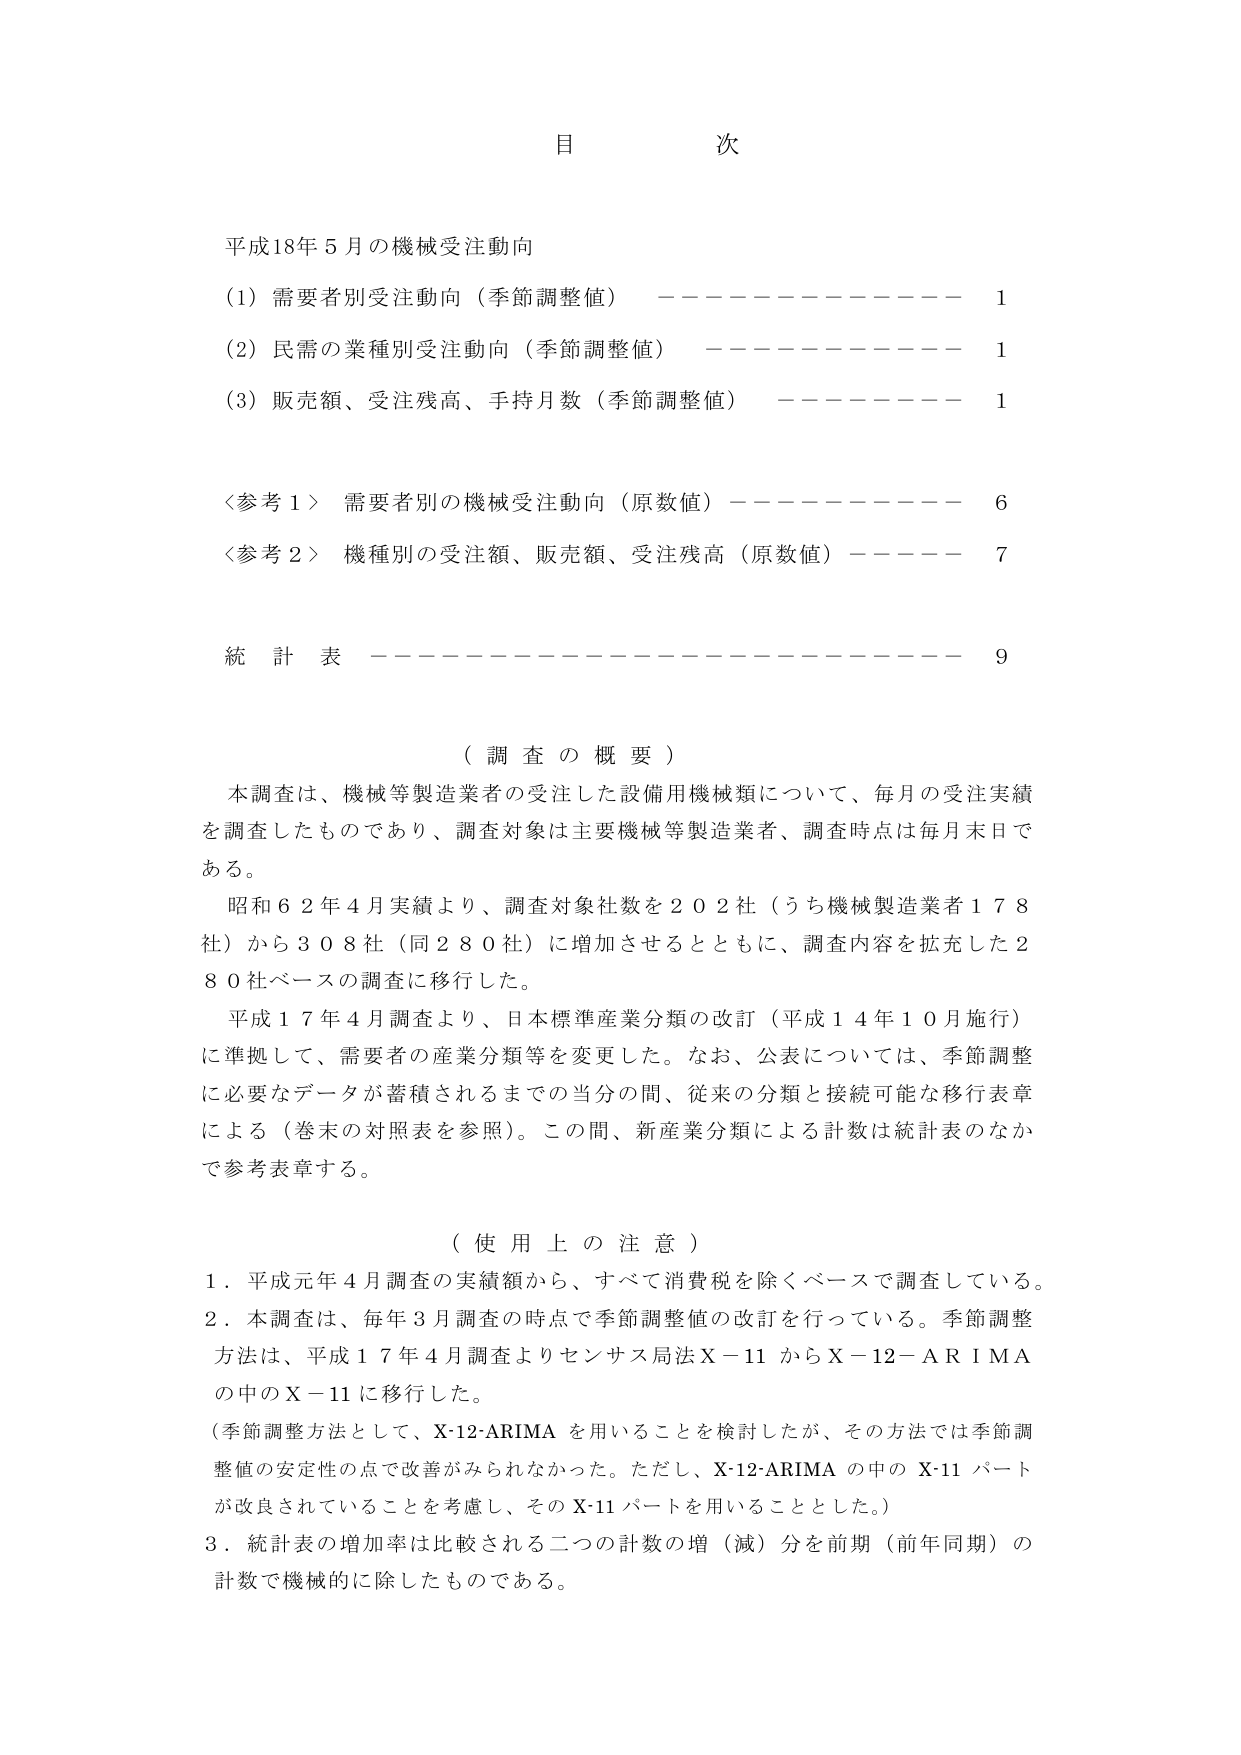
目 次

平成18年5月の機械受注動向
（1）需要者別受注動向（季節調整値） ———————— 1
（2）民需の業種別受注動向（季節調整値） ———————— 1
（3）販売額、受注残高、手持月数（季節調整値） ———————— 1

＜参考1＞ 需要者別の機械受注動向（原数値） ———————— 6
＜参考2＞ 機種別の受注額、販売額、受注残高（原数値） ———————— 7

統 計 表 ———————————————————— 9

（調査の概要）
本調査は、機械等製造業者の受注した設備用機械類について、毎月の受注実績を調査したものであり、調査対象は主要機械等製造業者、調査時点は毎月末日である。
昭和62年4月実績より、調査対象社数を202社（うち機械製造業者178社）から308社（同280社）に増加させるとともに、調査内容を拡充した280社ベースの調査に移行した。
平成17年4月調査より、日本標準産業分類の改訂（平成14年10月施行）に準拠して、需要者の産業分類等を変更した。なお、公表については、季節調整に必要なデータが蓄積されるまでの当分の間、従来の分類と接続可能な移行表章による（巻末の対照表を参照）。この間、新産業分類による計数は統計表のなかで参考表章する。

（使用上の注意）
1．平成元年4月調査の実績額から、すべて消費税を除くベースで調査している。
2．本調査は、毎年3月調査の時点で季節調整値の改訂を行っている。季節調整方法は、平成17年4月調査よりセンサス局法X-11からX-12-ARIMAの中のX-11に移行した。
（季節調整方法として、X-12-ARIMAを用いることを検討したが、その方法では季節調整値の安定性の点で改善がみられなかった。ただし、X-12-ARIMAの中のX-11パートが改良されていることを考慮し、そのX-11パートを用いることとした。）
3．統計表の増加率は比較される二つの計数の増（減）分を前期（前年同期）の計数で機械的に除したものである。